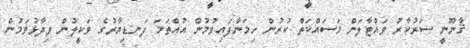
ޤާނޫނީ ސަރުކާރު ވައްޓާލަން މަސައްކަތް ކުރުން ހިމަނާފައިވުމުން އުއްތަމަ ފަނޑިޔާރުގެ ވަކީލުން ވިދާޅުވަމުން